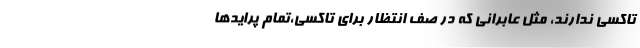
تاكسي ندارند، مثل عابراني كه در صف انتظار براي تاكسي،تمام پرايدها